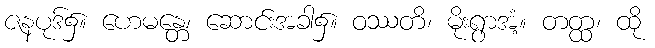
ဇနပုဒ်၌။ ဟေမန္တေ၊ ဆောင်းအခါ၌။ ဝဿတိ၊ မိုးရွာအံ့။ တတ္ထ၊ ထို